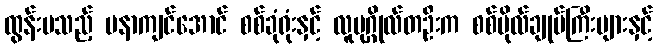
ထွန်းပသည့် မနာကျင်အောင် စစ်ခုံရုံးနှင့် လူပုဂ္ဂိုလ်တဦးက စစ်ဗိုလ်ချုပ်ကြီးများနှင့်